Medical and sanitary report of the native army of Madras for the year
Year: 1875
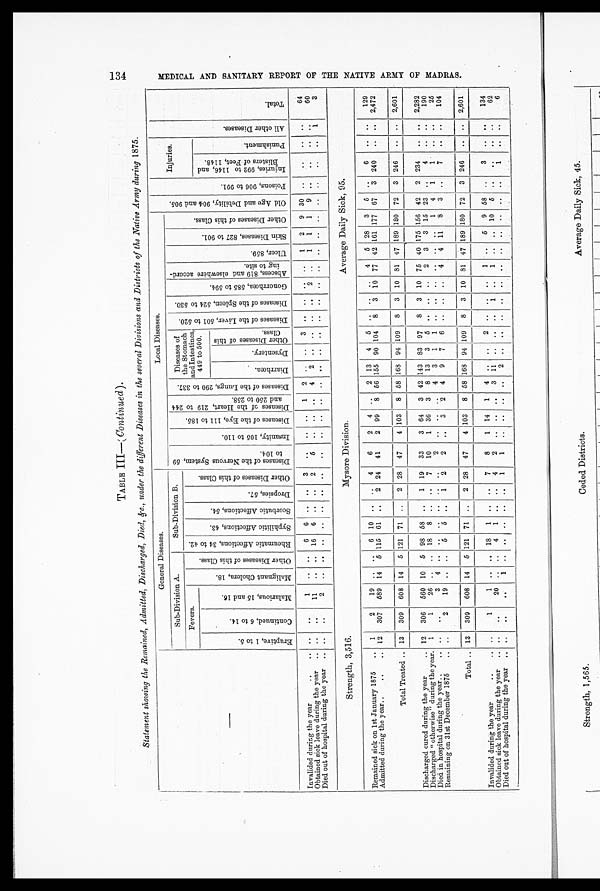
TABLE III—(
Continued ).
Statement showing the Remained, Admitted, Discharged, Died, &c., under the different Diseases in the several Divisions and Districts of the Native Army during 1875.
General Diseases.
Local Diseases.
O l d A g e a n d D e b i l i t y , 9 0 4 a n d 9 0 5 .
P o i s o n s , 9 0 6 t o 9 9 1 .
Injuries.
A l l o t h e r D i s e a s e s .
T o t a l
Sub-Division A.
Sub-Division B.
D i s e a s e s o f t h e N e r v o u s S y s t e m , 5 9
t o 1 0 4 .
I n s a n i t y , 1 0 5 t o 1 1 0 .
D i s e a s e s o f t h e E y e , 1 1 1 t o 1 8 5 .
D i s e a s e s o f t h e H e a r t , 2 1 9 t o 2 4 4
a nd 250 t o 258.
D i s e a s e s o f t h e L u n g s , 2 9 0 t o 3 3 7 .
Diseases of
the Stomach
and Intestines,
449 to 500.
D i s e a s e s o f t h e L i v e r , 5 0 1 t o 5 2 0 .
D i s e a s e s o f t h e S p l e e n , 5 2 4 t o 5 3 0 .
G o n o r r h œ a , 5 8 5 t o 5 9 4 .
Ab s c e s s , 8 1 9 a n d e l s e wh è r e a c c o r d -
ing to site.
Ul cer , 859.
S k i n D i s e a s e s , 8 2 7 t o 9 0 1 .
O t h e r D i s e a s e s o f t h i s C l a s s .
Fevers.
M a l i g n a n t C h o l e r a , 1 8 .
O t h e r D i s e a s e s o f t h i s C l a s s .
R h e u m a t i c A f f e c t i o n s , 3 4 t o 4 2 .
S y p h i l i t i c A f f e c t i o n s , 4 3 . S c o r b u t i c A f f e c t i o n s , 5 4 .
D r o p s i e s , 5 7 .
O t h e r D i s e a s e s o f t h i s C l a s s .
E r u p t i v e , 1 t o 5 .
C o n t i n u e d , 6 t o 1 4 .
M a l a r i o u s , 1 5 a n d 1 6 .
I nj ur i es , 992 t o 1146, and
Bl i st er s of Feet , 1148.
P u n i s h m e n t .
Diarrhœa.
D y s e n t e r y .
O t h e r D i s e a s e s o f t h i s
Cl as s .
Invalided during the year
..
.. 1
..
.. 6
6
..
..
3
. . ..
.. 1
2
..
.. 3
..
..
. . ..
1
2
9 30
.. ..
.. ..
64
Obtained sick leave during the year
.. ..
..
11
. .
.. 16
6
.. ..
2
5
..
..
. .
4
2 ..
..
. .
.. 2
. .
1
1
1
9
.. ..
..
. .
60
Died out of hospital during the year
.. ..
..
2
..
..
.. ..
.. ..
..
..
..
..
. . .. ..
.. ..
..
..
..
..
..
..
..
..
.. ..
..
1
3
Strength, 3,516.
Mysore Division.
Average Daily Sick, 95.
Remained sick on 1st January 1875
..
1
2
19
. .
..
6 10 ..
..
4
6
2
4
..
2 13
4
5 ..
..
..
4
5 28
3
5
..
6
.. ..
129
Admitted during the year..
..
.. 12
307
589 14
5 115 61
..
2 24
41
2 99
8 56 155 90 104
8
3 10 77 42 161 177 67
3 240
..
. . . 2,472
Total Treated .. 13
309
608 14
5 121 71
..
2 28
47
4 103
8 58 168 94 109
8
3 10 81 47 189 180 72
3 246
..
.. 2,601
Discharged cured during the year
.. 12
306
560 10
5 98 58 ..
1 19
33
3 64
3 42 143 83 97
8
3 10 75 40 175 156
42 2
234
..
..
2 , 2 8 2
Discharged “ otherwise ” during the year.
1
1
26
. .
. 18
8
.. .
7
10
1 36
3
8 13
3
5 .. ..
..
2
3
3 15 23
. .
4
.. ..
190
Died in hospital during the year..
.. ..
. .
3
4
.. ..
..
..
..
..
2
..
..
. .
4
3
1
1
.. ..
..
.. ..
..
1
4
1
1
.. ..
25
Remaining on 31st December 1875
.. ..
2
19 ..
..
5
5 ..
1
2
2
..
3
2
4
9
7
6 ..
..
..
4
4 11
8
3
. .
7
.. ..
104
Total .. 13
309
608
14 5
121 71
..
2 28
47
4 103
8 58 168 94 109
8
3 10 81 47 189 180 72
3 246
..
. . 2,601
Invalided during the year
..
.. ..
1
1
.
.. 18
1
..
..
7
8
1 14
1
4
..
..
2 ..
. . ..
1 ..
5
9 58
. .
3
..
..
134
Obtained sick leave during the year
.. ..
..
20
. .
..
4
1
.. ..
4
2
.. ..
..
3 11 ..
. .
..
1 ..
1 ..
.. 10
5
. .
..
..
..
62
Died out of hospital during the year .. ..
.. ..
1
..
..
..
..
..
1
1
..
..
..
..
2
..
. .
. .
. .
. . ..
..
..
..
..
. .
1
.. ..
6
M E D I C A L A N D S A N I T A R Y R E P O R T O F T H E N A T I V E A R M Y O F M A D R A S .